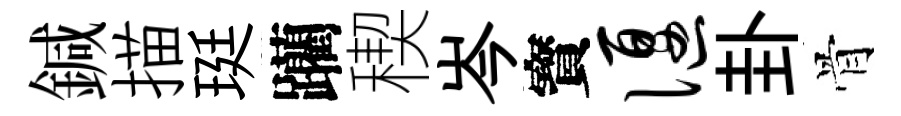
鍼描珽躪稧岑寳偃卦骨